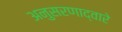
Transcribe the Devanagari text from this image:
अनुसरणाद्वारे